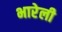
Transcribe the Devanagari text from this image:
भारेली